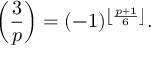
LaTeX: \left( { \frac { 3 } { p } } \right) = ( - 1 ) ^ { \left\lfloor { \frac { p + 1 } { 6 } } \right\rfloor } .